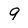
Character: 9